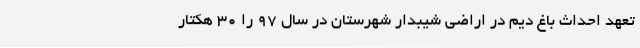
تعهد احداث باغ دیم در اراضی شیبدار شهرستان در سال 97 را 30 هکتار